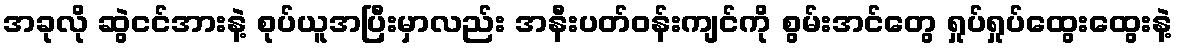
အခုလို ဆွဲငင်အားနဲ့ စုပ်ယူအပြီးမှာလည်း အနီးပတ်ဝန်းကျင်ကို စွမ်းအင်တွေ ရှုပ်ရှုပ်ထွေးထွေးနဲ့